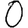
Digit: 0